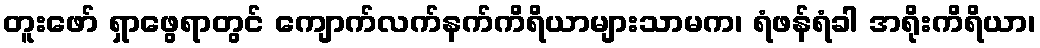
တူးဖော် ရှာဖွေရာတွင် ကျောက်လက်နက်ကိရိယာများသာမက၊ ရံဖန်ရံခါ အရိုးကိရိယာ၊